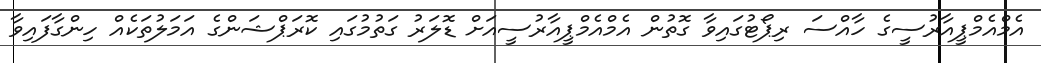
އެމްއެމްޕީއާރުސީގެ ހާއްސަ ރިޕޯޓުގައިވާ ގޮތުން އެމްއެމްޕީއާރުސީއަށް ޑޮލަރު ގަތުމުގައި ކޮރަޕްޝަންގެ އަމަލުތަކެއް ހިންގާފައިވާ